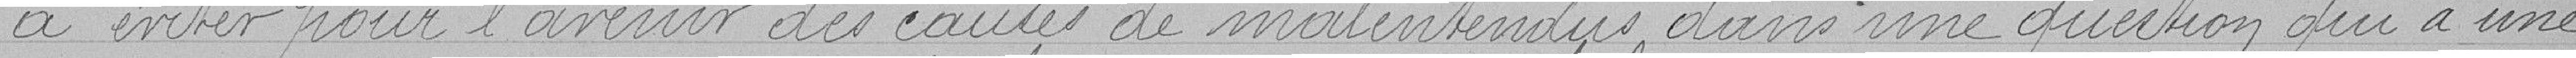
à éviter pour l'avenir des causes de malentendus dans une question qui a une